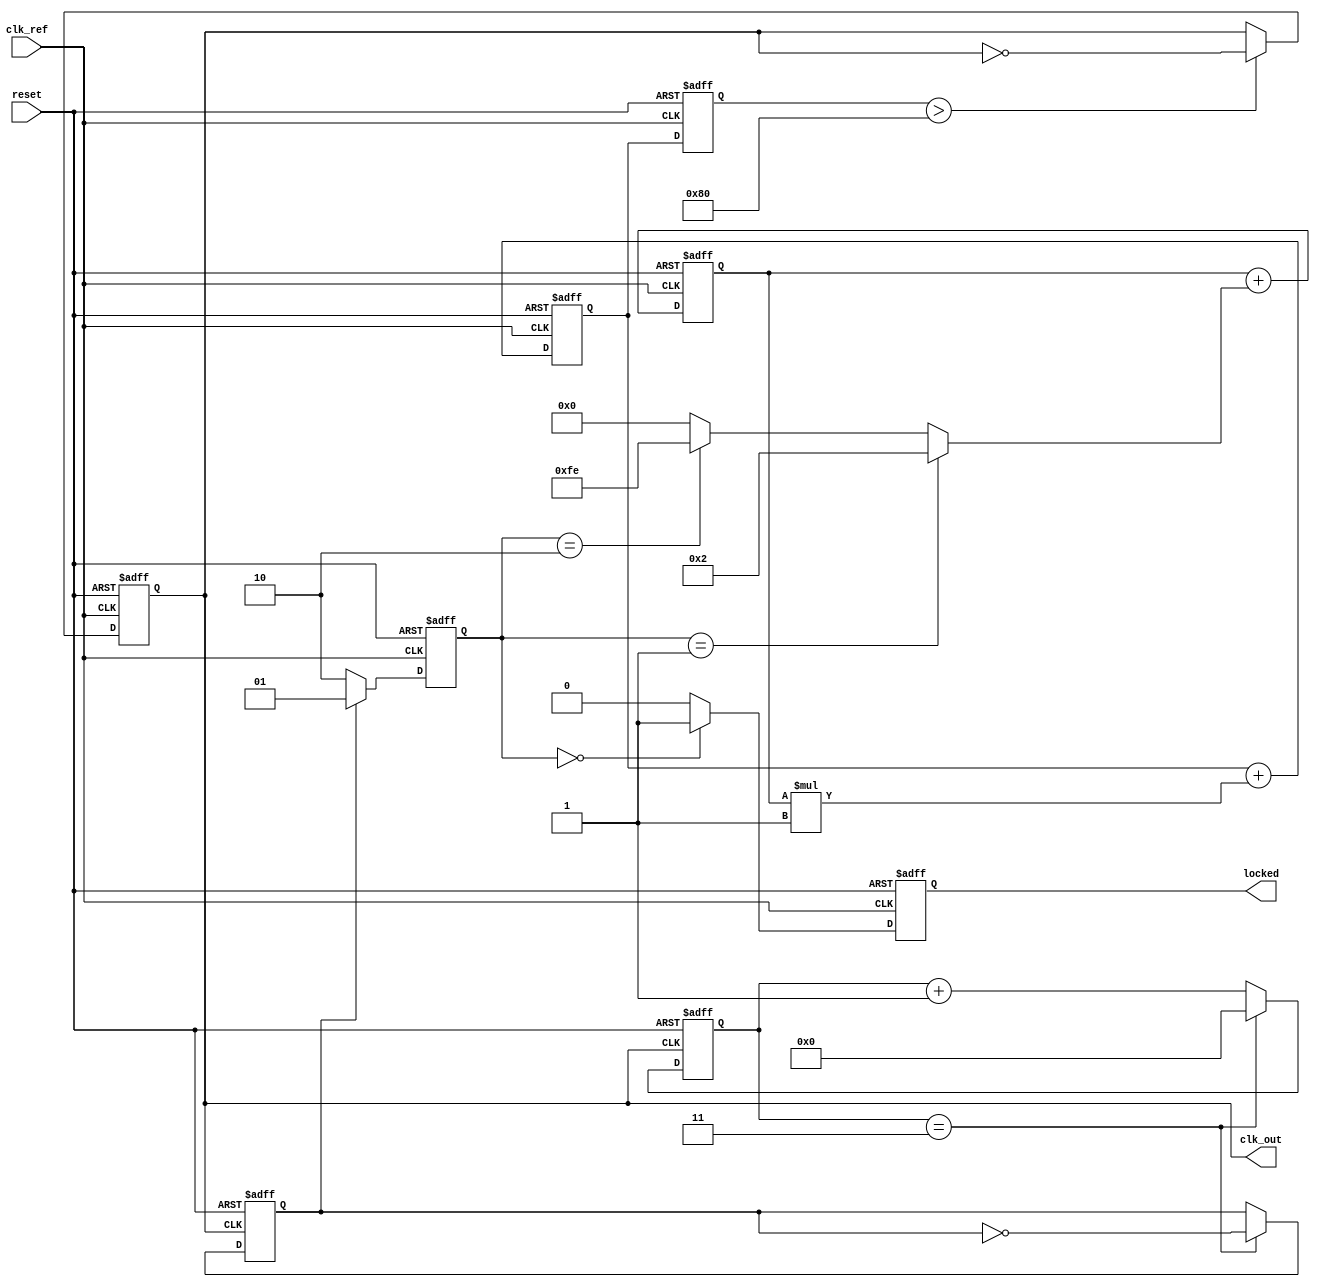
module dual_loop_pll (
    input wire clk_ref,            // Reference clock input
    input wire reset,              // Reset signal
    output reg clk_out,            // Output clock
    output reg locked              // Lock indicator
);

    // Parameters for the design
    parameter integer DIV_RATIO = 4; // Division ratio for the frequency divider
    parameter integer INNER_LOOP_GAIN = 2; // Inner loop filter gain
    parameter integer OUTER_LOOP_GAIN = 1; // Outer loop filter gain

    // Internal signals
    reg [1:0] phase_detector;       // Phase detector output
    reg [7:0] vco_control;          // Control voltage for VCO
    reg [7:0] inner_filter;         // Inner loop filter output
    reg [7:0] outer_filter;         // Outer loop filter output
    reg clk_feedback;               // Feedback clock from VCO
    reg [3:0] divider;              // Frequency divider counter

    // Phase Detector
    always @(posedge clk_ref or posedge reset) begin
        if (reset) begin
            phase_detector <= 2'b00;
        end else begin
            // Sample phase difference (simple implementation)
            if (clk_feedback) begin
                phase_detector <= 2'b01; // Feedback clock leads
            end else begin
                phase_detector <= 2'b10; // Reference clock leads
            end
        end
    end

    // Inner Loop Filter
    always @(posedge clk_ref or posedge reset) begin
        if (reset) begin
            inner_filter <= 8'b0;
        end else begin
            inner_filter <= inner_filter + (phase_detector == 2'b01 ? INNER_LOOP_GAIN : 
                                              phase_detector == 2'b10 ? -INNER_LOOP_GAIN : 0);
        end
    end

    // Outer Loop Filter
    always @(posedge clk_ref or posedge reset) begin
        if (reset) begin
            outer_filter <= 8'b0;
        end else begin
            outer_filter <= outer_filter + (inner_filter * OUTER_LOOP_GAIN);
        end
    end

    // Voltage-Controlled Oscillator (VCO)
    always @(posedge clk_ref or posedge reset) begin
        if (reset) begin
            vco_control <= 8'b0;
            clk_out <= 0;
        end else begin
            vco_control <= outer_filter;
            // Generate output clock based on control voltage (simplified)
            if (vco_control > 128) // Example threshold for frequency adjustment
                clk_out <= ~clk_out; // Toggle output clock
        end
    end

    // Frequency Divider
    always @(posedge clk_out or posedge reset) begin
        if (reset) begin
            divider <= 0;
            clk_feedback <= 0;
        end else begin
            if (divider == DIV_RATIO - 1) begin
                clk_feedback <= ~clk_feedback; // Feedback clock
                divider <= 0;
            end else begin
                divider <= divider + 1;
            end
        end
    end

    // Lock Indicator Logic
    always @(posedge clk_ref or posedge reset) begin
        if (reset) begin
            locked <= 0;
        end else begin
            // Simple lock detection logic (for demonstration)
            if (phase_detector == 2'b00) begin
                locked <= 1; // Locked condition
            end else begin
                locked <= 0; // Not locked
            end
        end
    end

endmodule